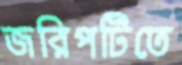
জরিপটিতে